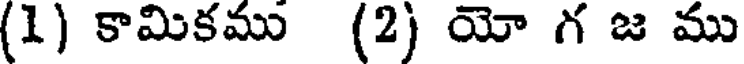
(1) కామికము (2) యో గ జ ము